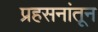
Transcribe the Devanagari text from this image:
प्रहसनांतून